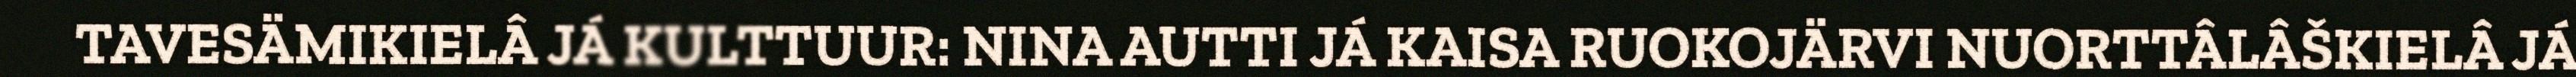
TAVESÄMIKIELÂ JÁ KULTTUUR: NINA AUTTI JÁ KAISA RUOKOJÄRVI NUORTTÂLÂŠKIELÂ JÁ